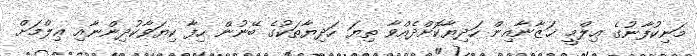
މަނިކުފާނުގެ ޢިލްމީ ޚަޒާނާއިން ހަދިޔާކޮށްދެއްވާ ތިޔަ ހަދިޔާތަކުގެ ބޭނުން ހިފާ ކިޔަވާކުދިންނާއި ޢިލްމަށް